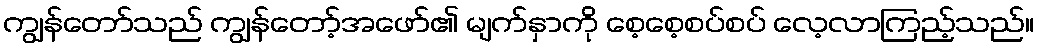
ကျွန်တော်သည် ကျွန်တော့်အဖော်၏ မျက်နှာကို စေ့စေ့စပ်စပ် လေ့လာကြည့်သည်။